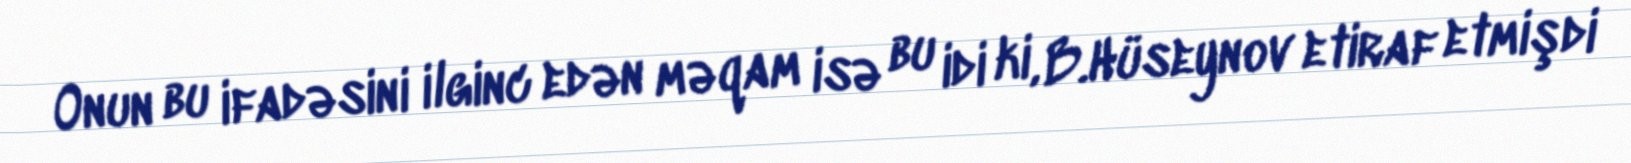
Onun bu ifadəsini ilginc edən məqam isə bu idi ki, B.Hüseynov etiraf etmişdi